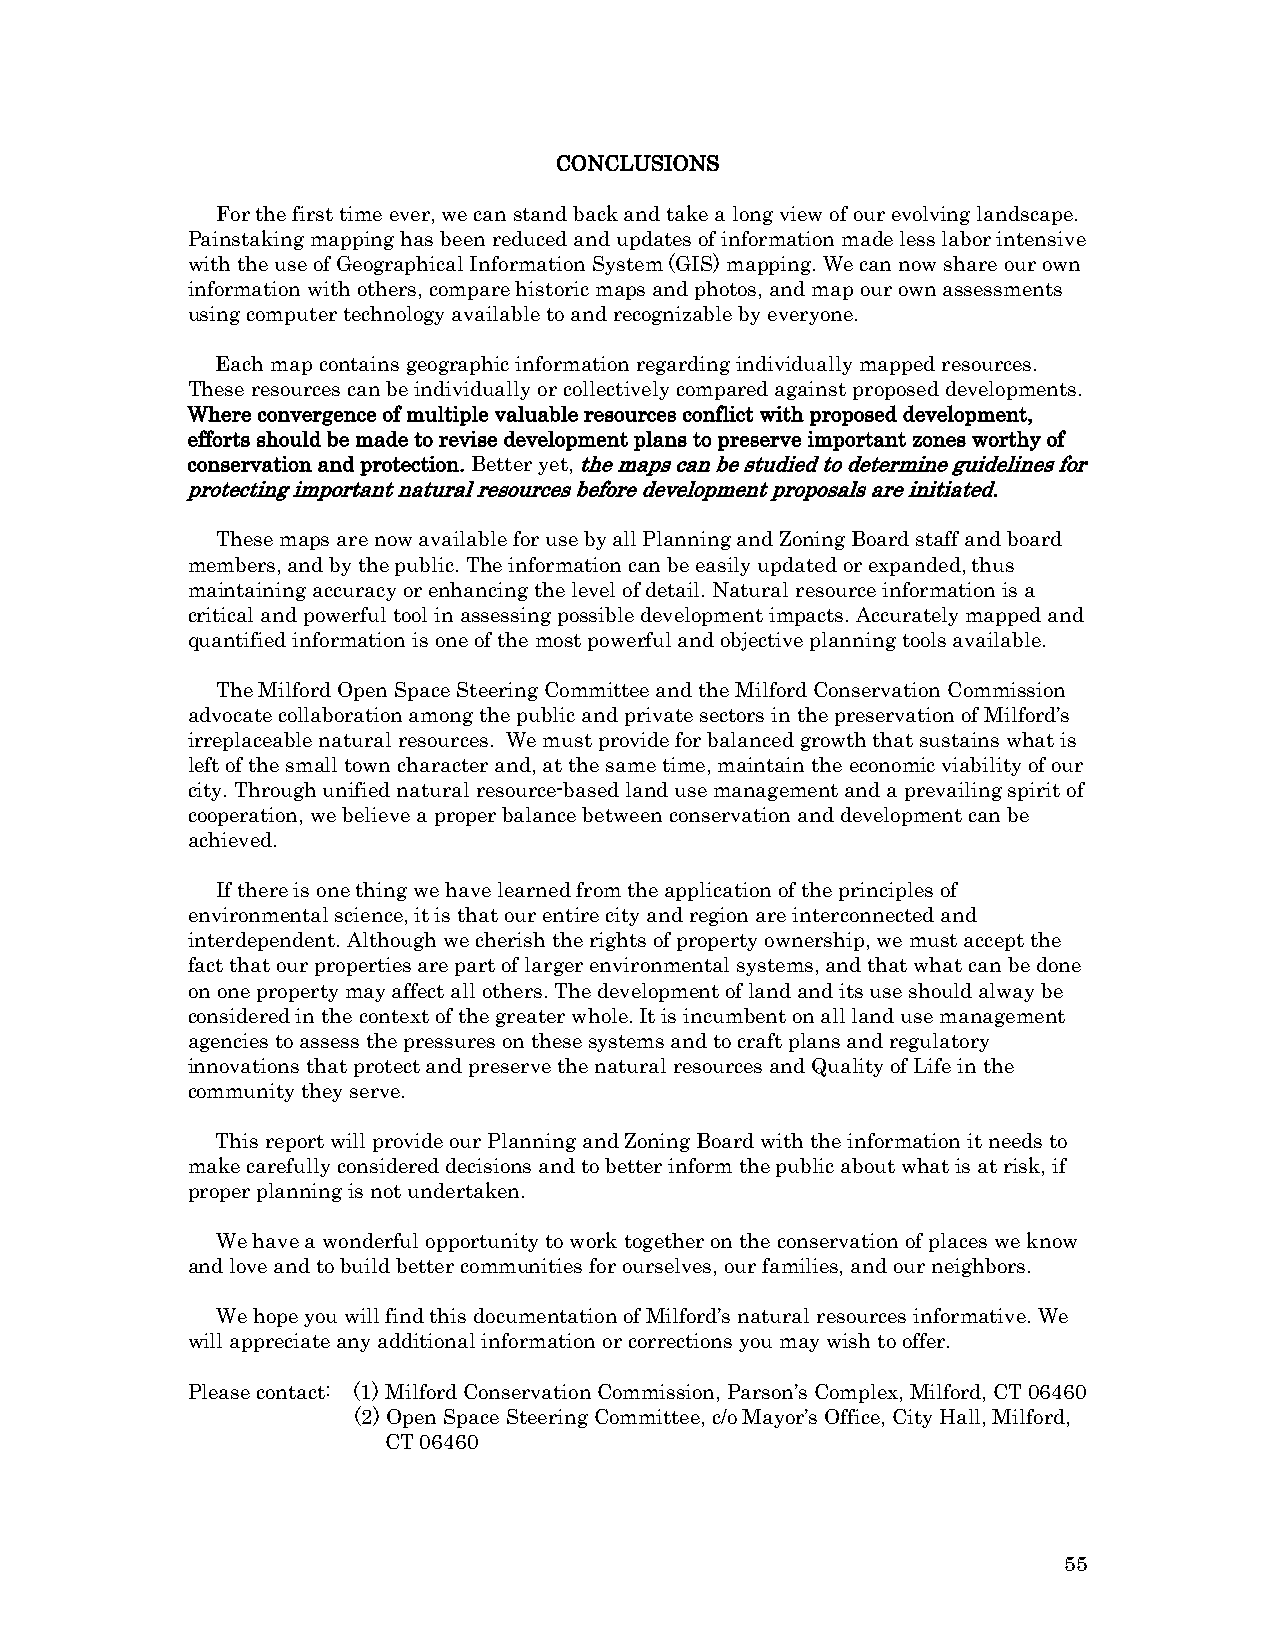
CONCLUSIONS
 For the first time ever, we can stand back and take a long view of our evolving landscape.
 Painstaking mapping has been reduced and updates of information made less labor intensive
 with the use of Geographical Information System (GIS) mapping. We can now share our own
 information with others, compare historic maps and photos, and map our own assessments
 using computer technology available to and recognizable by everyone.
 Each map contains geographic information regarding individually mapped resources.
 These resources can be individually or collectively compared against proposed developments.
 Where convergence of multiple valuable resources conflict with proposed development,
 efforts should be made to revise development plans to preserve important zones worthy of
 conservation and protection. Better yet, the maps can be studied to determine guidelines for
 protecting important natural resources before development proposals are initiated.
 These maps are now available for use by all Planning and Zoning Board staff and board
 members, and by the public. The information can be easily updated or expanded, thus
 maintaining accuracy or enhancing the level of detail. Natural resource information is a
 critical and powerful tool in assessing possible development impacts. Accurately mapped and
 quantified information is one of the most powerful and objective planning tools available.
 The Milford Open Space Steering Committee and the Milford Conservation Commission
 advocate collaboration among the public and private sectors in the preservation of Milford’s
 irreplaceable natural resources. We must provide for balanced growth that sustains what is
 left of the small town character and, at the same time, maintain the economic viability of our
 city. Through unified natural resource-based land use management and a prevailing spirit of
 cooperation, we believe a proper balance between conservation and development can be
 achieved.
 If there is one thing we have learned from the application of the principles of
 environmental science, it is that our entire city and region are interconnected and
 interdependent. Although we cherish the rights of property ownership, we must accept the
 fact that our properties are part of larger environmental systems, and that what can be done
 on one property may affect all others. The development of land and its use should alway be
 considered in the context of the greater whole. It is incumbent on all land use management
 agencies to assess the pressures on these systems and to craft plans and regulatory
 innovations that protect and preserve the natural resources and Quality of Life in the
 community they serve.
 This report will provide our Planning and Zoning Board with the information it needs to
 make carefully considered decisions and to better inform the public about what is at risk, if
 proper planning is not undertaken.
 We have a wonderful opportunity to work together on the conservation of places we know
 and love and to build better communities for ourselves, our families, and our neighbors.
 We hope you will find this documentation of Milford’s natural resources informative. We
 will appreciate any additional information or corrections you may wish to offer.
 Please contact: (1) Milford Conservation Commission, Parson’s Complex, Milford, CT 06460
 (2) Open Space Steering Committee, c/o Mayor’s Office, City Hall, Milford,
 CT 06460
 55